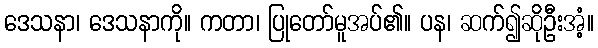
ဒေသနာ၊ ဒေသနာကို။ ကတာ၊ ပြုတော်မူအပ်၏။ ပန၊ ဆက်၍ဆိုဦးအံ့။